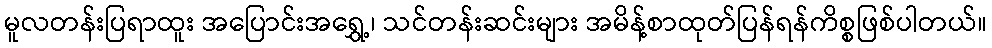
မူလတန်းပြရာထူး အပြောင်းအရွှေ့၊ သင်တန်းဆင်းများ အမိန့်စာထုတ်ပြန်ရန်ကိစ္စဖြစ်ပါတယ်။